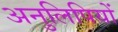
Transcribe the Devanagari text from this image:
अनुलिपियों